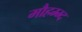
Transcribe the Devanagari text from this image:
मौहम्म्द